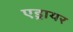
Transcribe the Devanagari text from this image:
एड्रायर